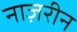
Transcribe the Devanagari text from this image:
नाज़रीन